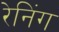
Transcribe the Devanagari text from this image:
रेनिंग